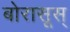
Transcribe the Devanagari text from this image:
बोरासूस्